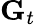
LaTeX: \mathbf{G}_{t}